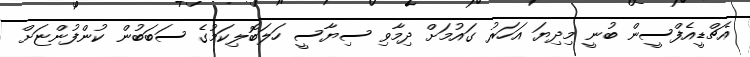
އެޗްޑީއެފްސީން ބުނީ މިދިޔަ އަހަރު ގައުމަށް ދިމާވި ސިޔާސީ ހަލަބޮލިކަމުގެ ސަބަބުން ކުންފުންޏަށް